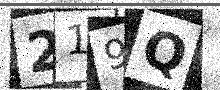
Text: 219Q